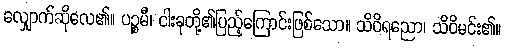
လျှောက်ဆိုလေ၏။ ပဉ္စမီ၊ ငါးခုတို့၏ပြည့်ကြောင်းဖြစ်သော။ သိဝိရညော၊ သိဝိမင်း၏။